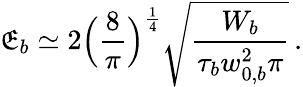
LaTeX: {\mathfrak E}_{b}\simeq 2\Bigl(\frac{8}{\pi}\Bigr)^{\frac{1}{4}}\sqrt{\frac{W_{b}}{\tau_{b}w_{0,b}^{2}\pi}}\, .